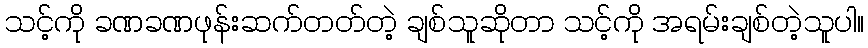
သင့်ကို ခဏခဏဖုန်းဆက်တတ်တဲ့ ချစ်သူဆိုတာ သင့်ကို အရမ်းချစ်တဲ့သူပါ။